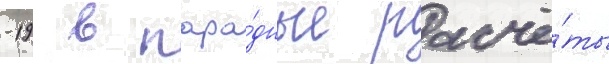
-19 в пара́дные расчё́ты